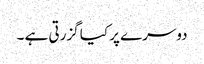
دوسرے پر کیا گزرتی ہے ۔